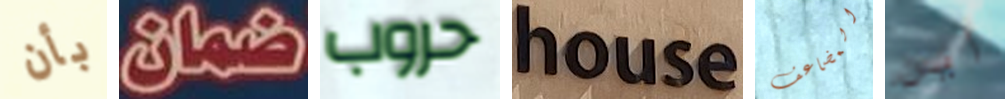
بأن ضمان حروب house المضاعف أين